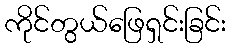
ကိုင်တွယ်ဖြေရှင်းခြင်း